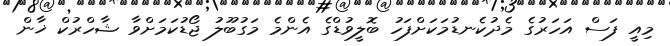
މިއީ ފަސް އަހަރުގެ މެދުކެނޑުމަކަށްފަހު ބޮލީވުޑްގެ އެންމެ މަގުބޫލު ޖޯޑުކަމަށްވާ ޝާހްރުކް ޚާން